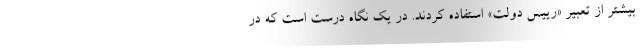
بیشتر از تعبیر «رییس دولت» استفاده کردند. در یک نگاه درست است که در